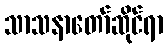
သာသနာတော်ဆိုင်ရာ